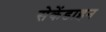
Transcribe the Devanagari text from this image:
सेकेंडाइन